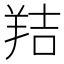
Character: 𦎁